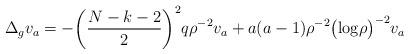
LaTeX: \begin{align*}\Delta_g v_a=-\biggl(\frac{N-k-2}{2}\biggl)^2 q \rho^{-2} v_a+a(a-1) \rho^{-2}\bigl(\textrm{log} \rho\bigl)^{-2} v_a\end{align*}